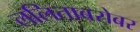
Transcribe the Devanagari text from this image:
ललिताबरोबर